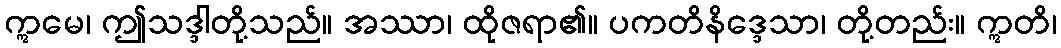
ဣမေ၊ ဤသဒ္ဒါတို့သည်။ အဿာ၊ ထိုဇရာ၏။ ပကတိနိဒ္ဒေသာ၊ တို့တည်း။ ဣတိ၊